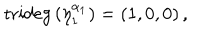
LaTeX: \mathrm { t r i d e g } \left( \eta _ { 1 } ^ { \alpha _ { 1 } } \right) = \left( 1 , 0 , 0 \right) ,